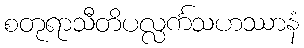
စတုရာသီတိပလ္လင်္ကသဟဿာနံ